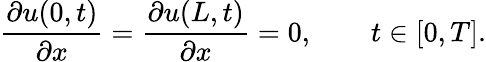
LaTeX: \frac{\partial u(0,t)}{\partial x}=\frac{\partial u(L,t)}{\partial x}=0,\qquad t\in[0,T].